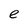
Character: e